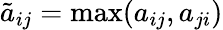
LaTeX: \tilde{a}_{ij}=\operatorname*{max}(a_{ij},a_{ji})